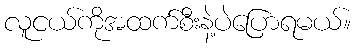
လူငယ်ကိုအထက်စီးနဲ့ပဲပြောရမယ်။